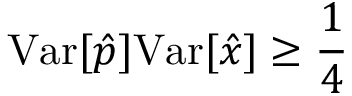
\mathrm { V a r } [ \hat { p } ] \mathrm { V a r } [ \hat { x } ] \geq \frac { 1 } { 4 }